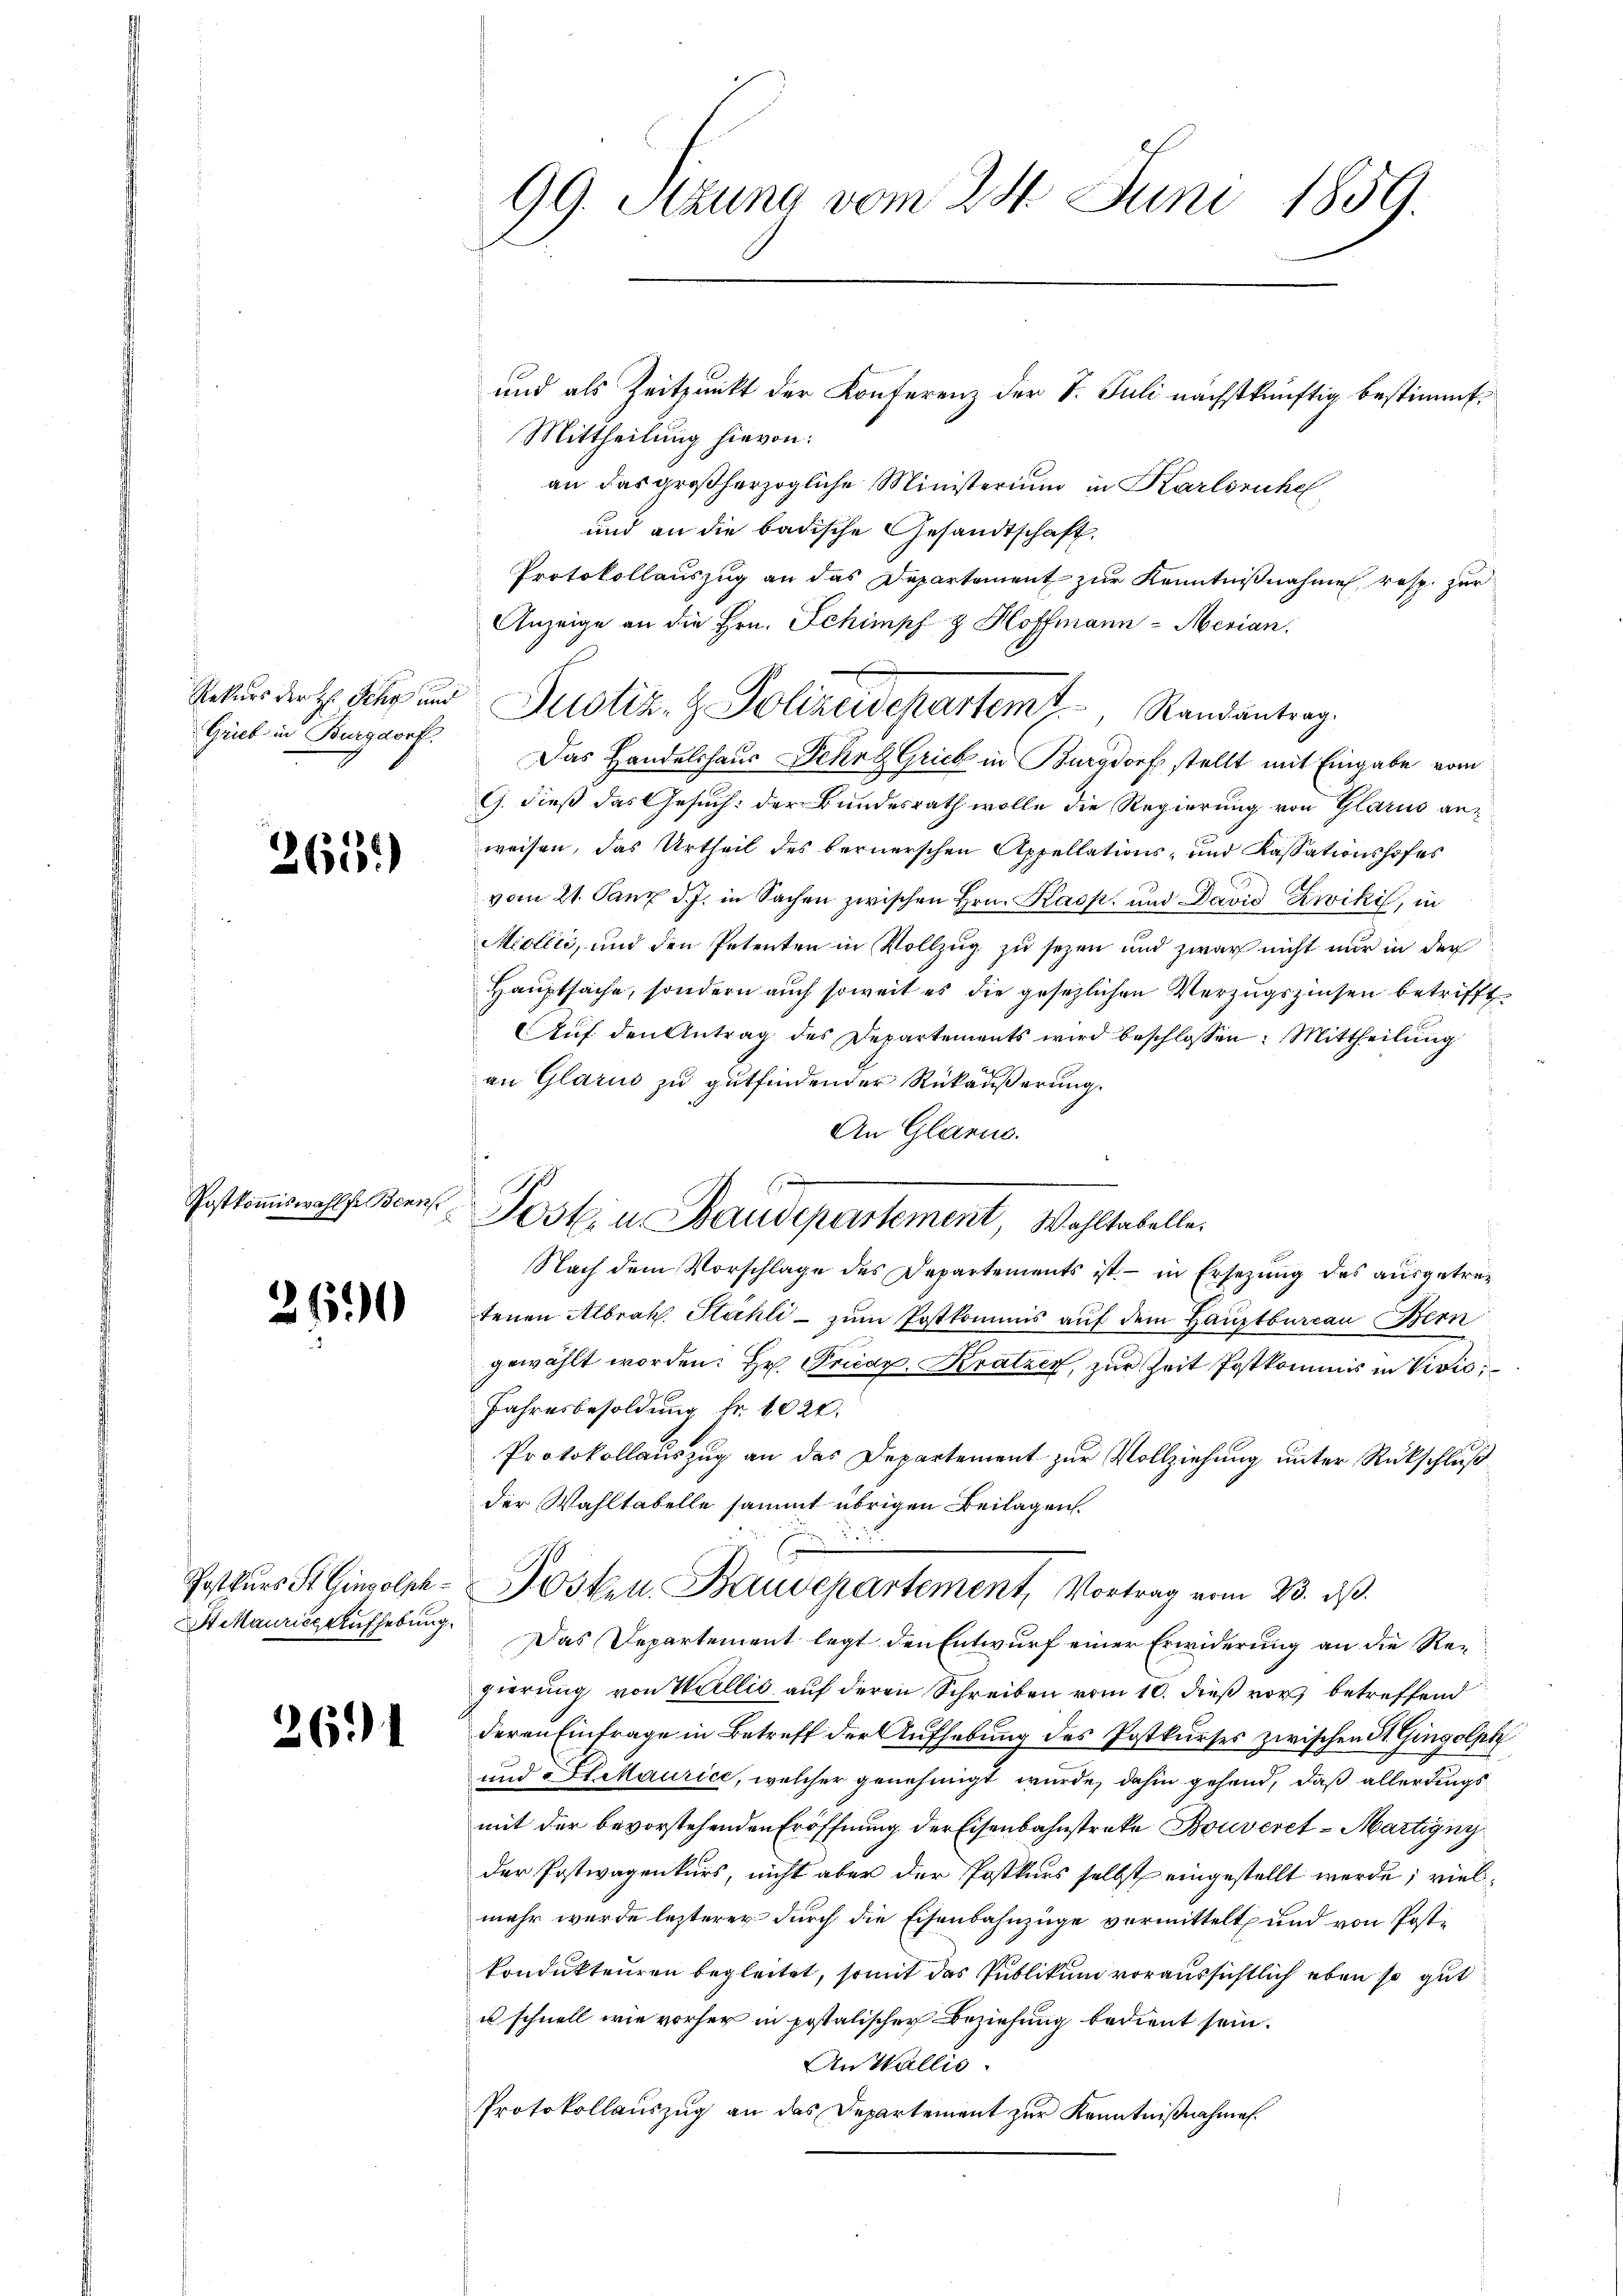
Grieb in Burgdorf.

2611)

Postkommiswahl fr Benn

2690

Postkurs St. Ginsolph
Stiaurice Aufhebung.

261

99. Setzung vom 24. Juni 1859.

Mittheilung hievon:
an das großherzogliche Ministerium in Karlsruhe
und an die badische Gesandtschaft.
Protokollauszug an das Departement zur Kenntnißnahme resp. zur
Anzeige an die Hrn. Schimpf & Hoffmann - Mevian.
Rekŭrs der H. Sehr und Justiz- & Polizeidepartem Randantrag.
Das Handelshaus Lehre Grieb in Burgdorf stellt mit Eingabe vom
G. dieß das Gesuch: der Bundesrath wolle die Regierung von Glarus anweisen, das Urtheil des bernerschen Appellations- und Kassationshofes
vom 21. Janz d. J. in Sachen zwischen Hrn. Kasp. und Davis Ziviki, in
Mollić, und den Petenten in Vollzug zu sezen und zwar nicht nur in der
Hauptsache, sondern auch soweit es die gesetzlichen Verzugszinsen betrifft
Auf den Antrag des Departements wird beschlossen: Mittheilung
an Glarus zu gutfindender Rückäußerung.
An Glarus.
Joskia Baudepartement Wohltabelle
Nach dem Vorschlage des Departements ist. - in Ersetzung des ausgetretenen Albrak. Stähli - zum Postkommis auf dem Hauptbureau Bern
gewählt worden: Hr. Precar. Kratzer, zur Zeit Postkommis in Vivić,
Jahresbesoldung fr. 1020.
Protokollauszug an das Departement zur Vollziehung unter Rückschluß
der Wahltabelle sammt übrigen Beilagen.
Posten Baudepartement, Vortrag vom 23. ds.
Das Departement legt den Entwurf einer Erwiderung an die Regierung von Wallis auf deren Schreiben vom 10. dieß vor betreffend
deren Einfrage in Betreff der Aufhebung des Postkurses zwischen St. Gingolph
und Straurice, welcher genehmigt wurde, dahin gehend, daß allerdings
mit der bevorstehenden Eröffnung der Eisenbahnstreke Bouveret - Martigny
der Postwagenkurs, nicht aber der Postkurs selbst eingestellt werde; vielmehr wurde lezterer durch die Eisenbahnzüge vermittelt, und von Postkondukteuren begleitet, somit das Publikum voraussichtlich eben so gut
u schnell wie vorher in postalischer Beziehung bedient sein.
An Wallis.
Protokollauszug an das Departement zur Kenntnißnahmen.

und als Zeitpunkt der Konferenz der S. Juli nächstkünftig bestimmt,